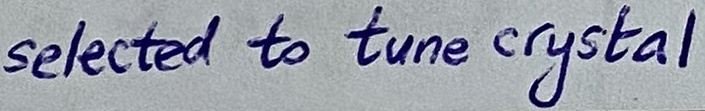
Text: selected to tune crystal